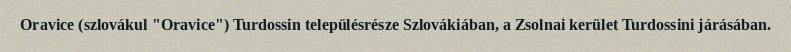
Oravice (szlovákul "Oravice") Turdossin településrésze Szlovákiában, a Zsolnai kerület Turdossini járásában.